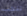
تنجب